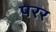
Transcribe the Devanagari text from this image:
परर